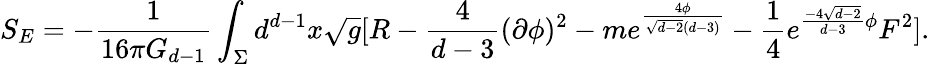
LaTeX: S_{E}=-\frac{1}{16\pi G_{d-1}}\int_{\Sigma}d^{d-1}x\sqrt{g}[R-\frac{4}{d-3}(\partial\phi)^{2}-me^{\frac{4\phi}{\sqrt{d-2}(d-3)}}-\frac{1}{4}e^{\frac{-4\sqrt{d-2}}{d-3}\phi}F^{2}].